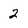
Character: 2